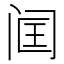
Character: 𬮣